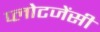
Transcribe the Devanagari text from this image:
प्लोटजेंसी